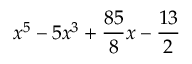
x ^ { 5 } - 5 x ^ { 3 } + { \frac { 8 5 } { 8 } } x - { \frac { 1 3 } { 2 } }